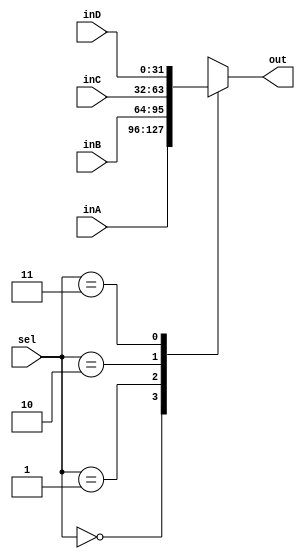
`timescale 1ns / 1ps
//////////////////////////////////////////////////////////////////////////////////
// Company: 
// Engineer: 
// 
// Design Name: 
// Module Name: Mux32Bit4To1
// Project Name: 
// Target Devices: 
// Tool Versions: 
// Description: 
// 
// Dependencies: 
// 
// Revision:
// Revision 0.01 - File Created
// Additional Comments:
// 
//////////////////////////////////////////////////////////////////////////////////


module Mux32Bit4To1(out, inA, inB, inC, inD, sel);

    input [31:0] inA, inB, inC, inD;
    input [1:0] sel;
    
    output reg [31:0] out;
    
    //four bit mux
    always @(*) begin
        case(sel)
            2'b00 : out <= inA;
            2'b01 : out <= inB;
            2'b10 : out <= inC;
            2'b11 : out <= inD;
        endcase
    end

endmodule